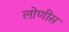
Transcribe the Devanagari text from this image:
लोणीस